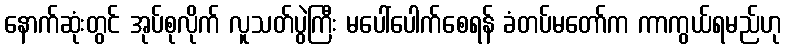
နောက်ဆုံးတွင် အုပ်စုလိုက် လူသတ်ပွဲကြီး မပေါ်ပေါက်စေရန် ခံတပ်မတော်က ကာကွယ်ရမည်ဟု